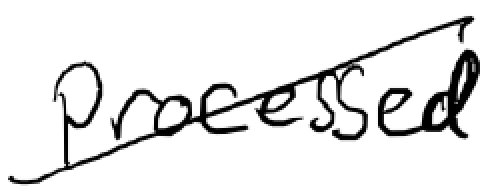
Text: processed
Cross-out: diagonal
Writing tool: digital_black